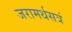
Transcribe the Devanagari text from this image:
जरामर्थसत्रं